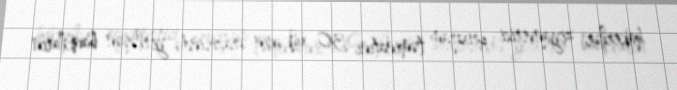
hakerlər ziyanverici proqram təminatını 30 ölkənin ərazisində yerləşən bankların